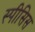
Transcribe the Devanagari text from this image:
स्पीसिस